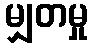
မျှတမှု